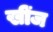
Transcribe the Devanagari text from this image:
खींज